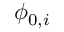
\phi _ { 0 , i }